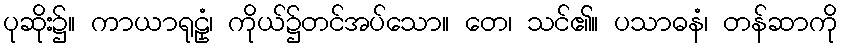
ပုဆိုး၌။ ကာယာရုဠှံ၊ ကိုယ်၌တင်အပ်သော။ တေ၊ သင်၏။ ပသာဓနံ၊ တန်ဆာကို